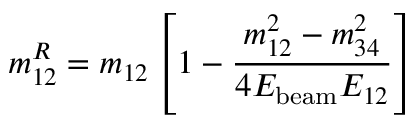
m _ { 1 2 } ^ { R } = m _ { 1 2 } \left[ 1 - \frac { m _ { 1 2 } ^ { 2 } - m _ { 3 4 } ^ { 2 } } { 4 E _ { \mathrm { b e a m } } E _ { 1 2 } } \right]